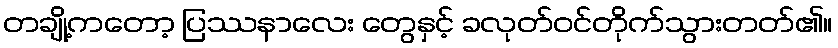
တချို့ကတော့ ပြဿနာလေး တွေနှင့် ခလုတ်ဝင်တိုက်သွားတတ်၏။